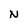
Character: N